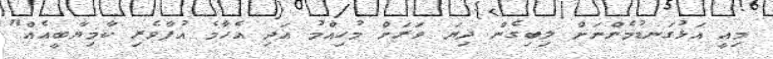
މިއީ އަޅުގަނޑުމެންނަށް ލިބިގެން ދިޔަ ވަރަށް މުހިއްމު އަދި އެހާމެ އުފާވެރި ކާމިޔާބީއެއް"